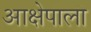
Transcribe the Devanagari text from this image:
आक्षेपाला